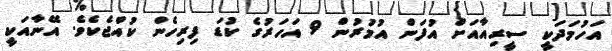
އަހުމަދަކީ ސީރިއާއަށް އުފަން އުމުރުން 9 އަހަރުގެ ކުޑަ ފިރިހެން ކުއްޖެކެވެ. އޭނާއަކީ